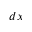
d x